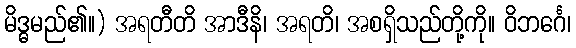
မိဒ္ဓမည်၏။) အရတီတိ အာဒီနိ၊ အရတိ၊ အစရှိသည်တို့ကို။ ဝိဘင်္ဂေ၊